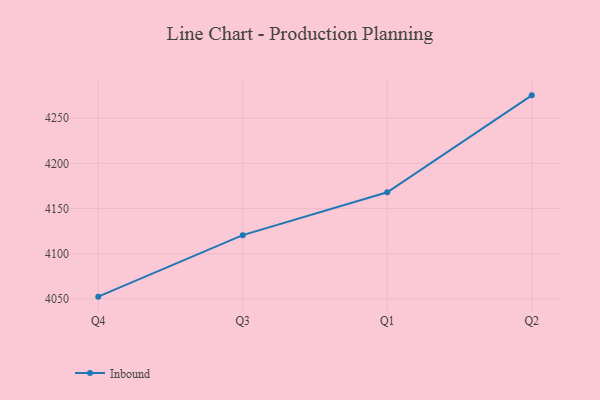
{"axis": {"x": "Quarter", "y": "Temperature (°C)"}, "legend": ["Inbound"], "data": [{"x": "Q4", "y": 4052.4, "type": "Inbound"}, {"x": "Q3", "y": 4120.5, "type": "Inbound"}, {"x": "Q1", "y": 4168.0, "type": "Inbound"}, {"x": "Q2", "y": 4275.3, "type": "Inbound"}]}